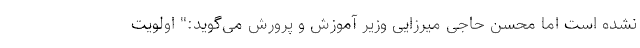
نشده است اما محسن حاجی میرزایی وزیر آموزش و پرورش می‌گوید:" اولویت